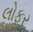
લોફર